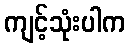
ကျင့်သုံးပါက